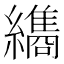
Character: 𮉖